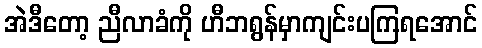
အဲဒီတော့ ညီလာခံကို ဟီဘရွန်မှာကျင်းပကြရအောင်